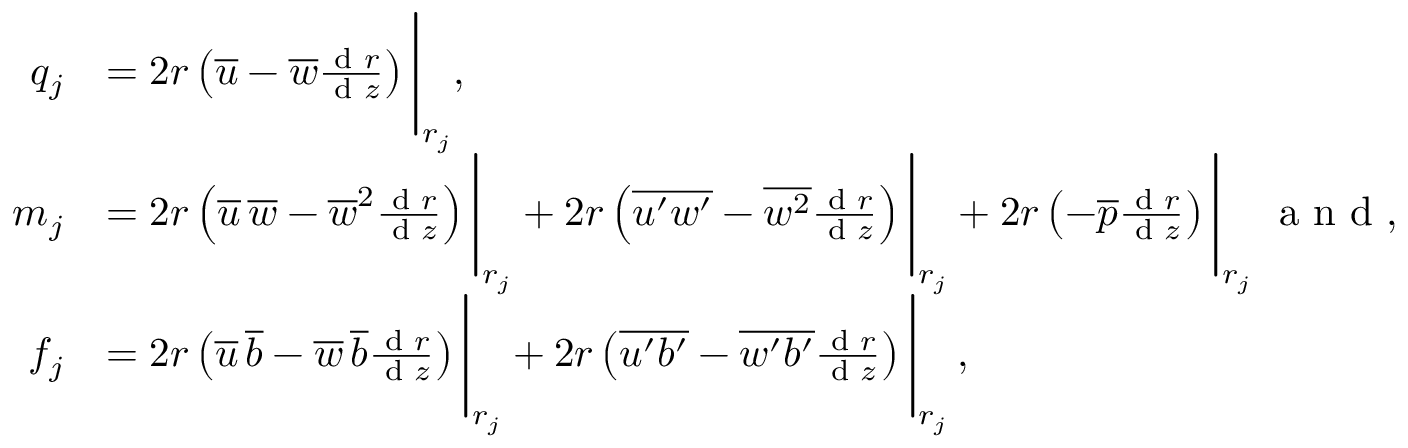
\begin{array} { r l } { q _ { j } } & { = 2 r \left( \overline { { u } } - \overline { { w } } \frac { \textnormal { d } r } { \textnormal { d } z } \right) \Bigg | _ { r _ { j } } , } \\ { m _ { j } } & { = 2 r \left( \overline { { u } } \, \overline { { w } } - { \overline { { w } } } ^ { 2 } \frac { \textnormal { d } r } { \textnormal { d } z } \right) \Bigg | _ { r _ { j } } + 2 r \left( \overline { { u ^ { \prime } w ^ { \prime } } } - \overline { { w ^ { 2 } } } \frac { \textnormal { d } r } { \textnormal { d } z } \right) \Bigg | _ { r _ { j } } + 2 r \left( - \overline { { p } } \frac { \textnormal { d } r } { \textnormal { d } z } \right) \Bigg | _ { r _ { j } } \; \textrm { a n d } , } \\ { f _ { j } } & { = 2 r \left( \overline { { u } } \, \overline { { b } } - { \overline { { w } } \, \overline { { b } } } \frac { \textnormal { d } r } { \textnormal { d } z } \right) \Bigg | _ { r _ { j } } + 2 r \left( \overline { { u ^ { \prime } b ^ { \prime } } } - \overline { { w ^ { \prime } b ^ { \prime } } } \frac { \textnormal { d } r } { \textnormal { d } z } \right) \Bigg | _ { r _ { j } } \, , } \end{array}